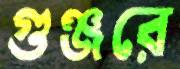
গুঞ্জরে